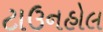
ટાઉનહોલ